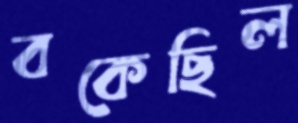
বকেছিল